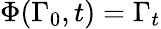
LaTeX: \Phi(\Gamma_{0},t)=\Gamma_{t}